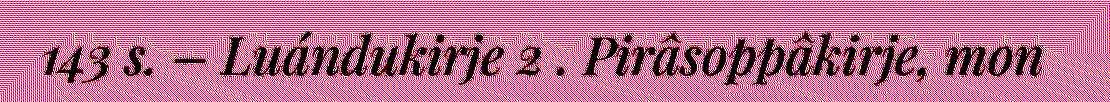
143 s. – Luándukirje 2 . Pirâsoppâkirje, mon